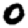
Digit: 0